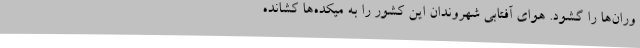
وران‌ها را گشود. هوای آفتابی شهروندان این کشور را به میکده‌ها کشانده